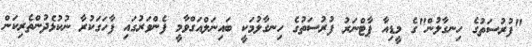
"ފުރުސަތުގެ ހިނގާލުން"ގެ މީޑިއާ ޕާޓްނަރު ފުރުސަތުގެ ހިނގާލުމަކީ ބައިނަލްއަގްވާމީ ފެންވަރުގައި ފާހަގަކުރާ ނުކުޅެދުންތެރިކަން